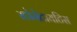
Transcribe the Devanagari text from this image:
स्टोमेटायटिस